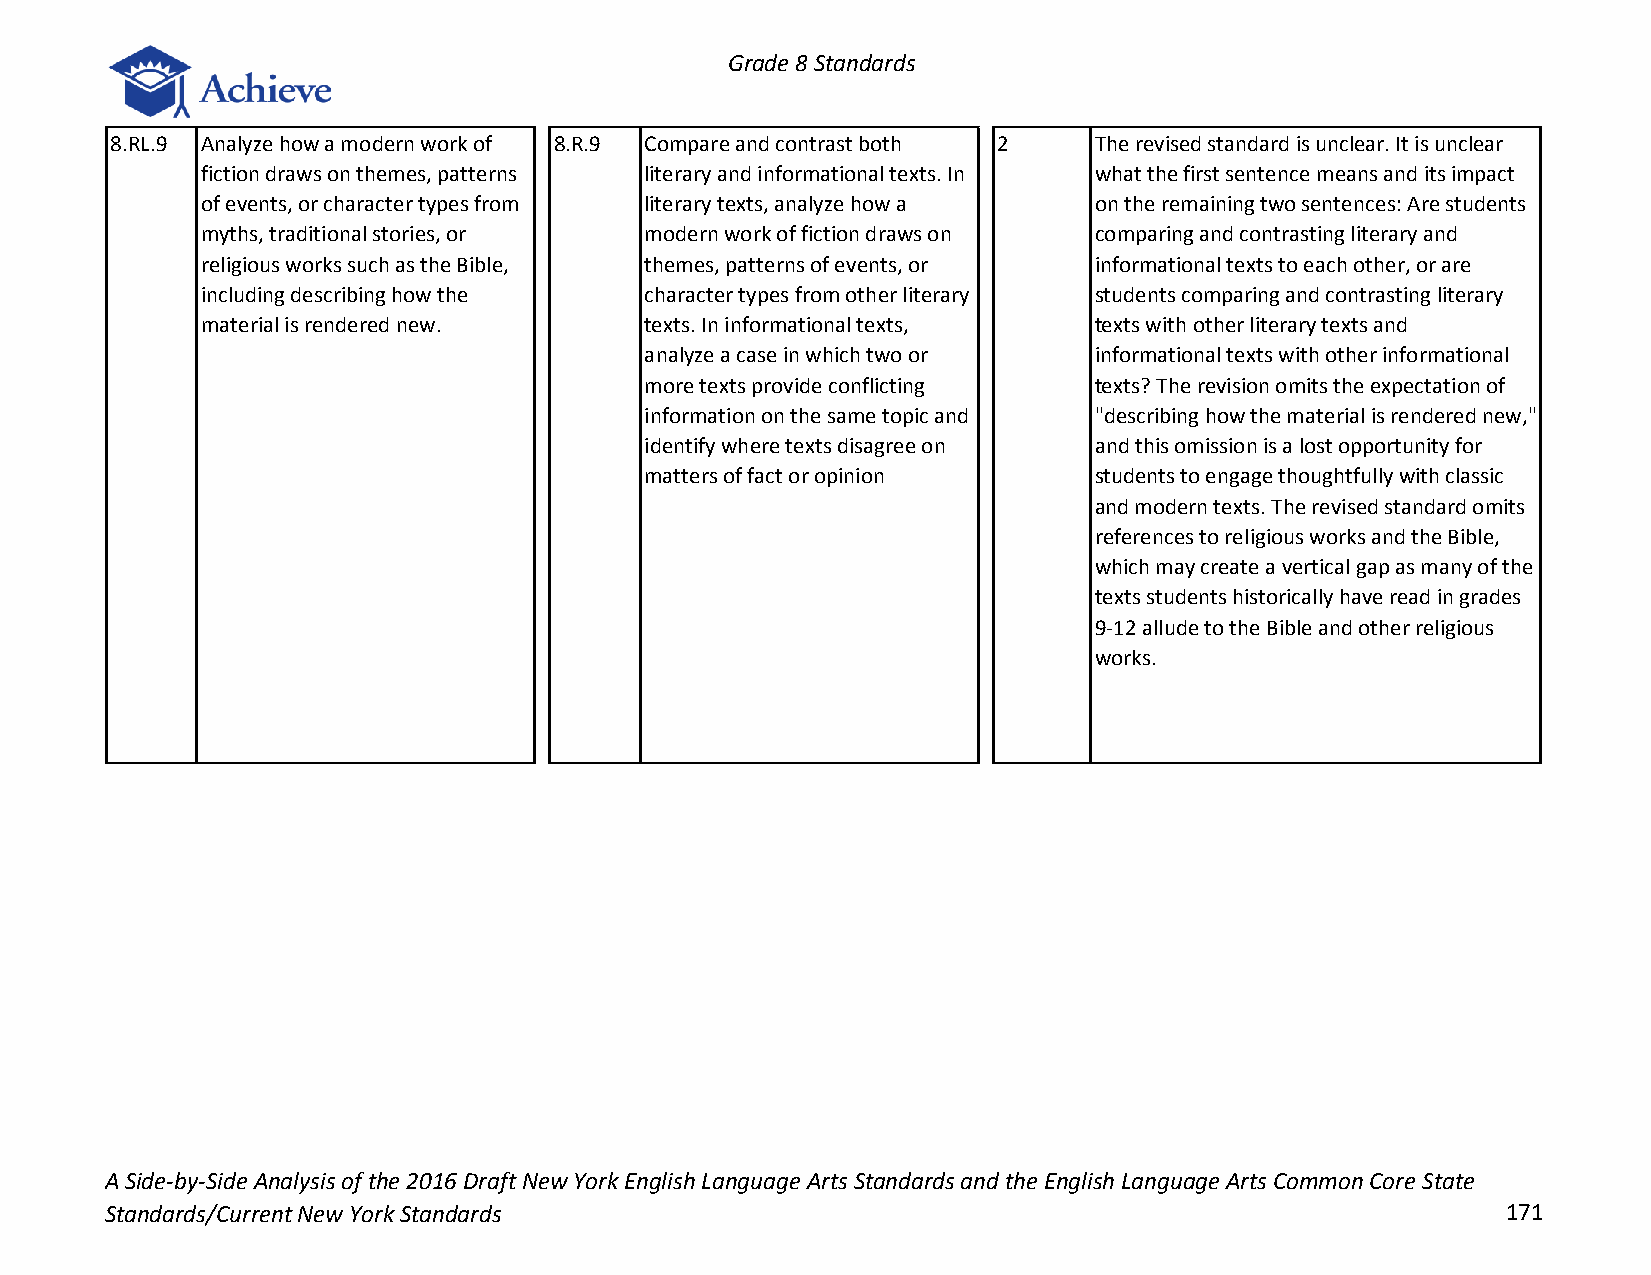
Grade 8 Standards
 8.RL.9 Analyze how a modern work of 8.R.9 Compare and contrast both 2 The revised standard is unclear. It is unclear
 fiction draws on themes, patterns literary and informational texts. In what the first sentence means and its impact
 of events, or character types from literary texts, analyze how a on the remaining two sentences: Are students
 myths, traditional stories, or modern work of fiction draws on comparing and contrasting literary and
 religious works such as the Bible, themes, patterns of events, or informational texts to each other, or are
 including describing how the  character types from other literary students comparing and contrasting literary
 material is rendered new.     texts. In informational texts, texts with other literary texts and
 analyze a case in which two or informational texts with other informational
 more texts provide conflicting texts? The revision omits the expectation of
 information on the same topic and "describing how the material is rendered new,"
 identify where texts disagree on and this omission is a lost opportunity for
 matters of fact or opinion   students to engage thoughtfully with classic
 and modern texts. The revised standard omits
 references to religious works and the Bible,
 which may create a vertical gap as many of the
 texts students historically have read in grades
 9-12 allude to the Bible and other religious
 works.
 A Side-by-Side Analysis of the 2016 Draft New York English Language Arts Standards and the English Language Arts Common Core State
 Standards/Current New York Standards                                                         171